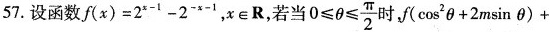
57.设函数$$f ( x ) = 2 ^ { x - 1 } - 2 ^ { - x - 1 }$$，x\in R，若当$$0 ≤ θ ≤ \frac { \pi } { 2 }$$时，$$f (cos ^ { 2 } θ + 2 m sin θ ) +